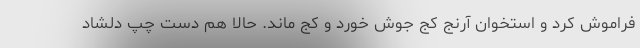
فراموش كرد و استخوان آرنج كج جوش خورد و كج ماند. حالا هم دست چپ دلشاد